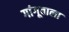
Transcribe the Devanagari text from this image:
गांगूवाला